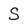
Character: S